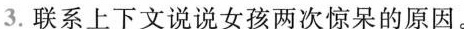
3.联系上下文说说女孩两次惊呆的原因。